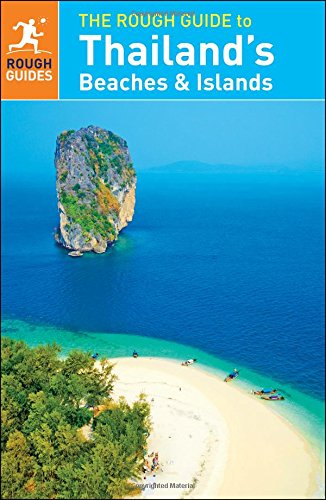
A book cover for The Rough Guide to Thailand's Beaches and Islands; Rough Guides; Travel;